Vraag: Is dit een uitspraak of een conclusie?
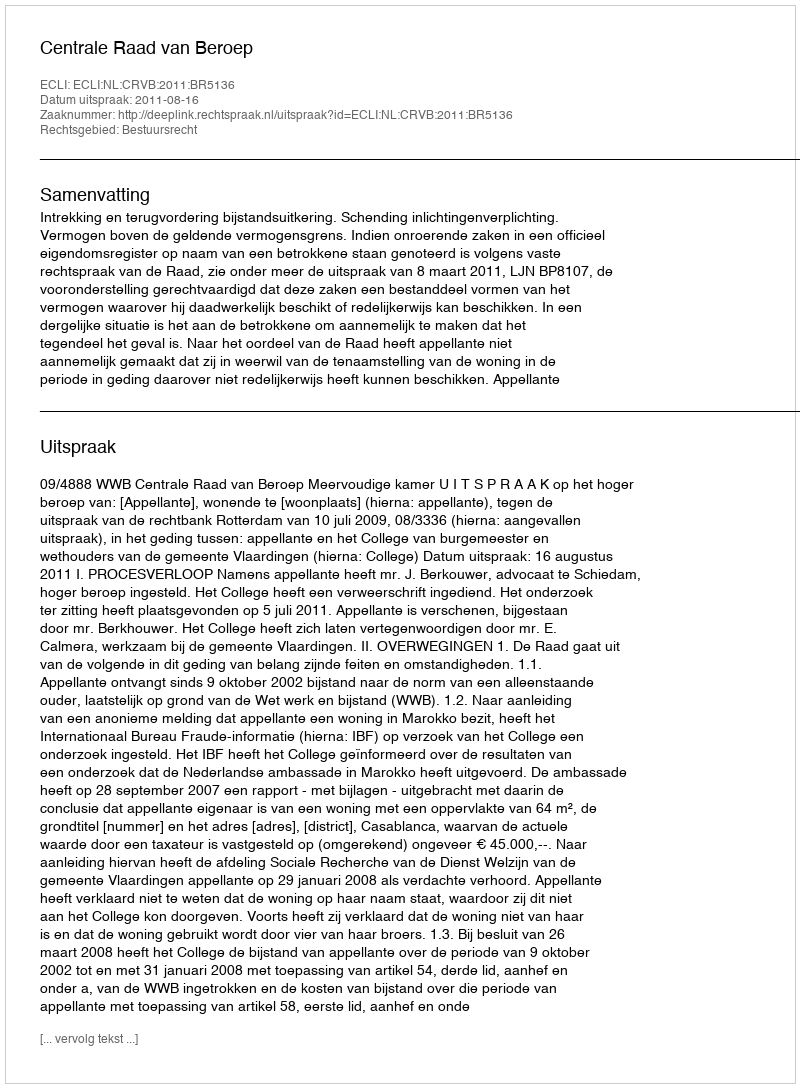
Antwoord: Uitspraak